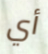
أي